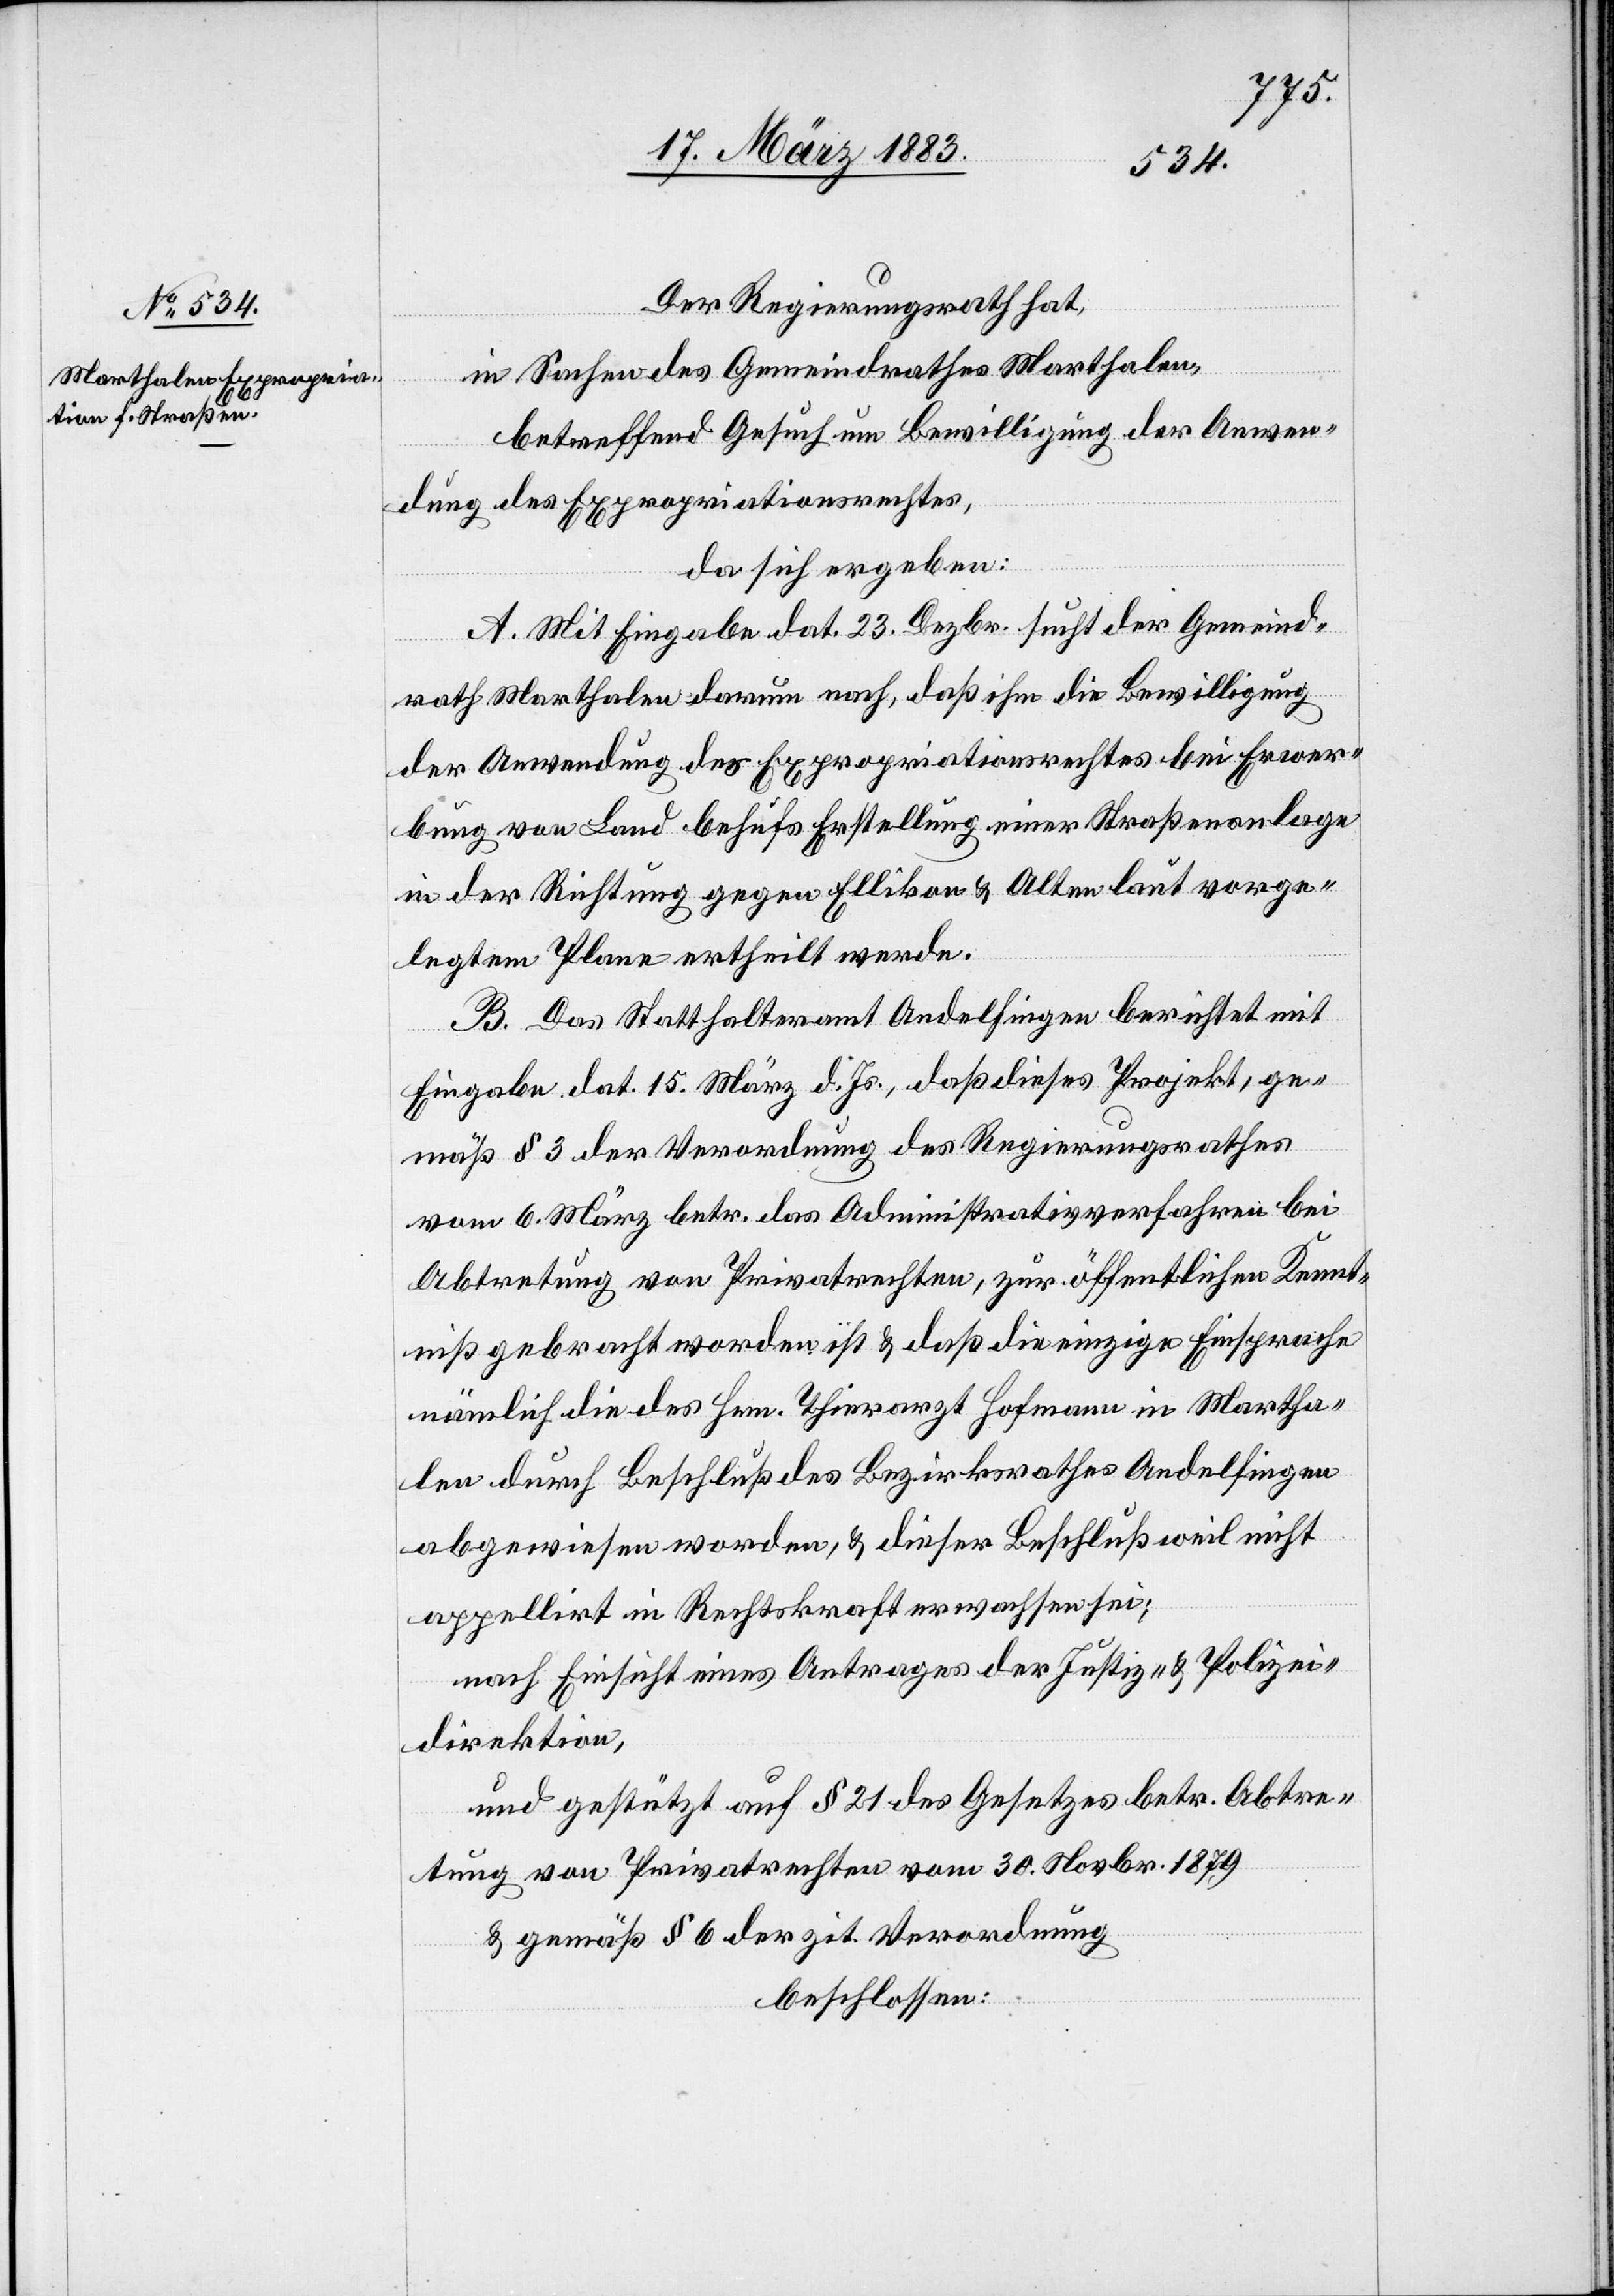
Der Regierungsrath hat,
in Sachen des Gemeindrathes Marthalen,
betreffend Gesuch um Bewilligung der Anwen¬
dung des Expropriationsrechtes,
da sich ergeben:
A. Mit Eingabe dat. 23. Dezbr. sucht der Gemeind¬
rath Marthalen darum nach, daß ihm die Bewilligung
der Anwendung des Expropriationsrechtes bei Erwer¬
bung von Land behufs Erstellung einer Straßenanlage
in der Richtung gegen Ellikon & Alten laut vorge¬
legtem Plane ertheilt werde.
B. Dast Statthalteramt Andelfingen berichtet mit
Eingabe dat. 15. März d. Js., daß dieses Projekt, ge¬
mäß § 3 der Verordnung des Regierungsrathes
vom 6. März betr. das Administrativverfahren bei
Abtretung von Privatrechten, zur öffentlichen Kennt¬
niß gebracht worden ist & daß die einzige Einsprache
nämlich die des Hrn. Thierarzt Hofmann in Martha¬
len durch Beschluß des Bezirksrathes Andelfingen
abgewiesen worden, & dieser Beschluß weil nicht
appellirt in Rechtskraft erwachsen sei;
nach Einsicht eines Antrages der Justiz- & Polizei¬
direktion,
und gestützt auf § 21 des Gesetzes betr. Abtre¬
tung von Privatrechten vom 30. Novbr. 1879
& gemäß § 6 der zit. Verordnung
beschlossen: